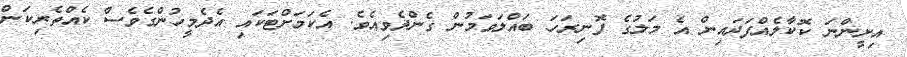
އިށީންނަ ކޮކާލެއްފަދައިން އެ މަލުގެ ފޮނިރަހަ ބައްލަވަމުން ގެންދެވިއެވެ. އެކަމަށްޓަކައި އެދެމީހުންގެވެސް ކެއްތެރިކަން